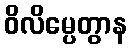
ဝိလိမ္ပေတွာန